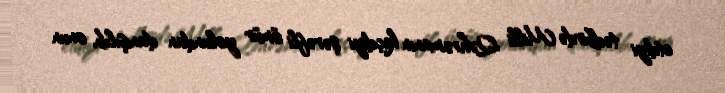
etdiyi tədbirdə Milli Qəhrəmanın keçdiyi şərəfli ömür yolundan danışılıb, onun